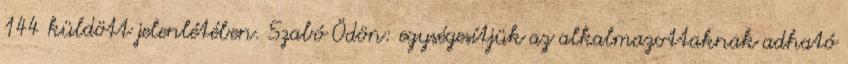
144 küldött jelenlétében. Szabó Ödön: egységesítjük az alkalmazottaknak adható